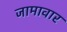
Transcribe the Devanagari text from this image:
जामावार